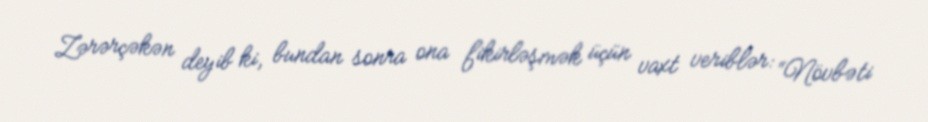
Zərərçəkən deyib ki, bundan sonra ona fikirləşmək üçün vaxt veriblər: “Növbəti